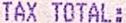
TAX TOTAL: